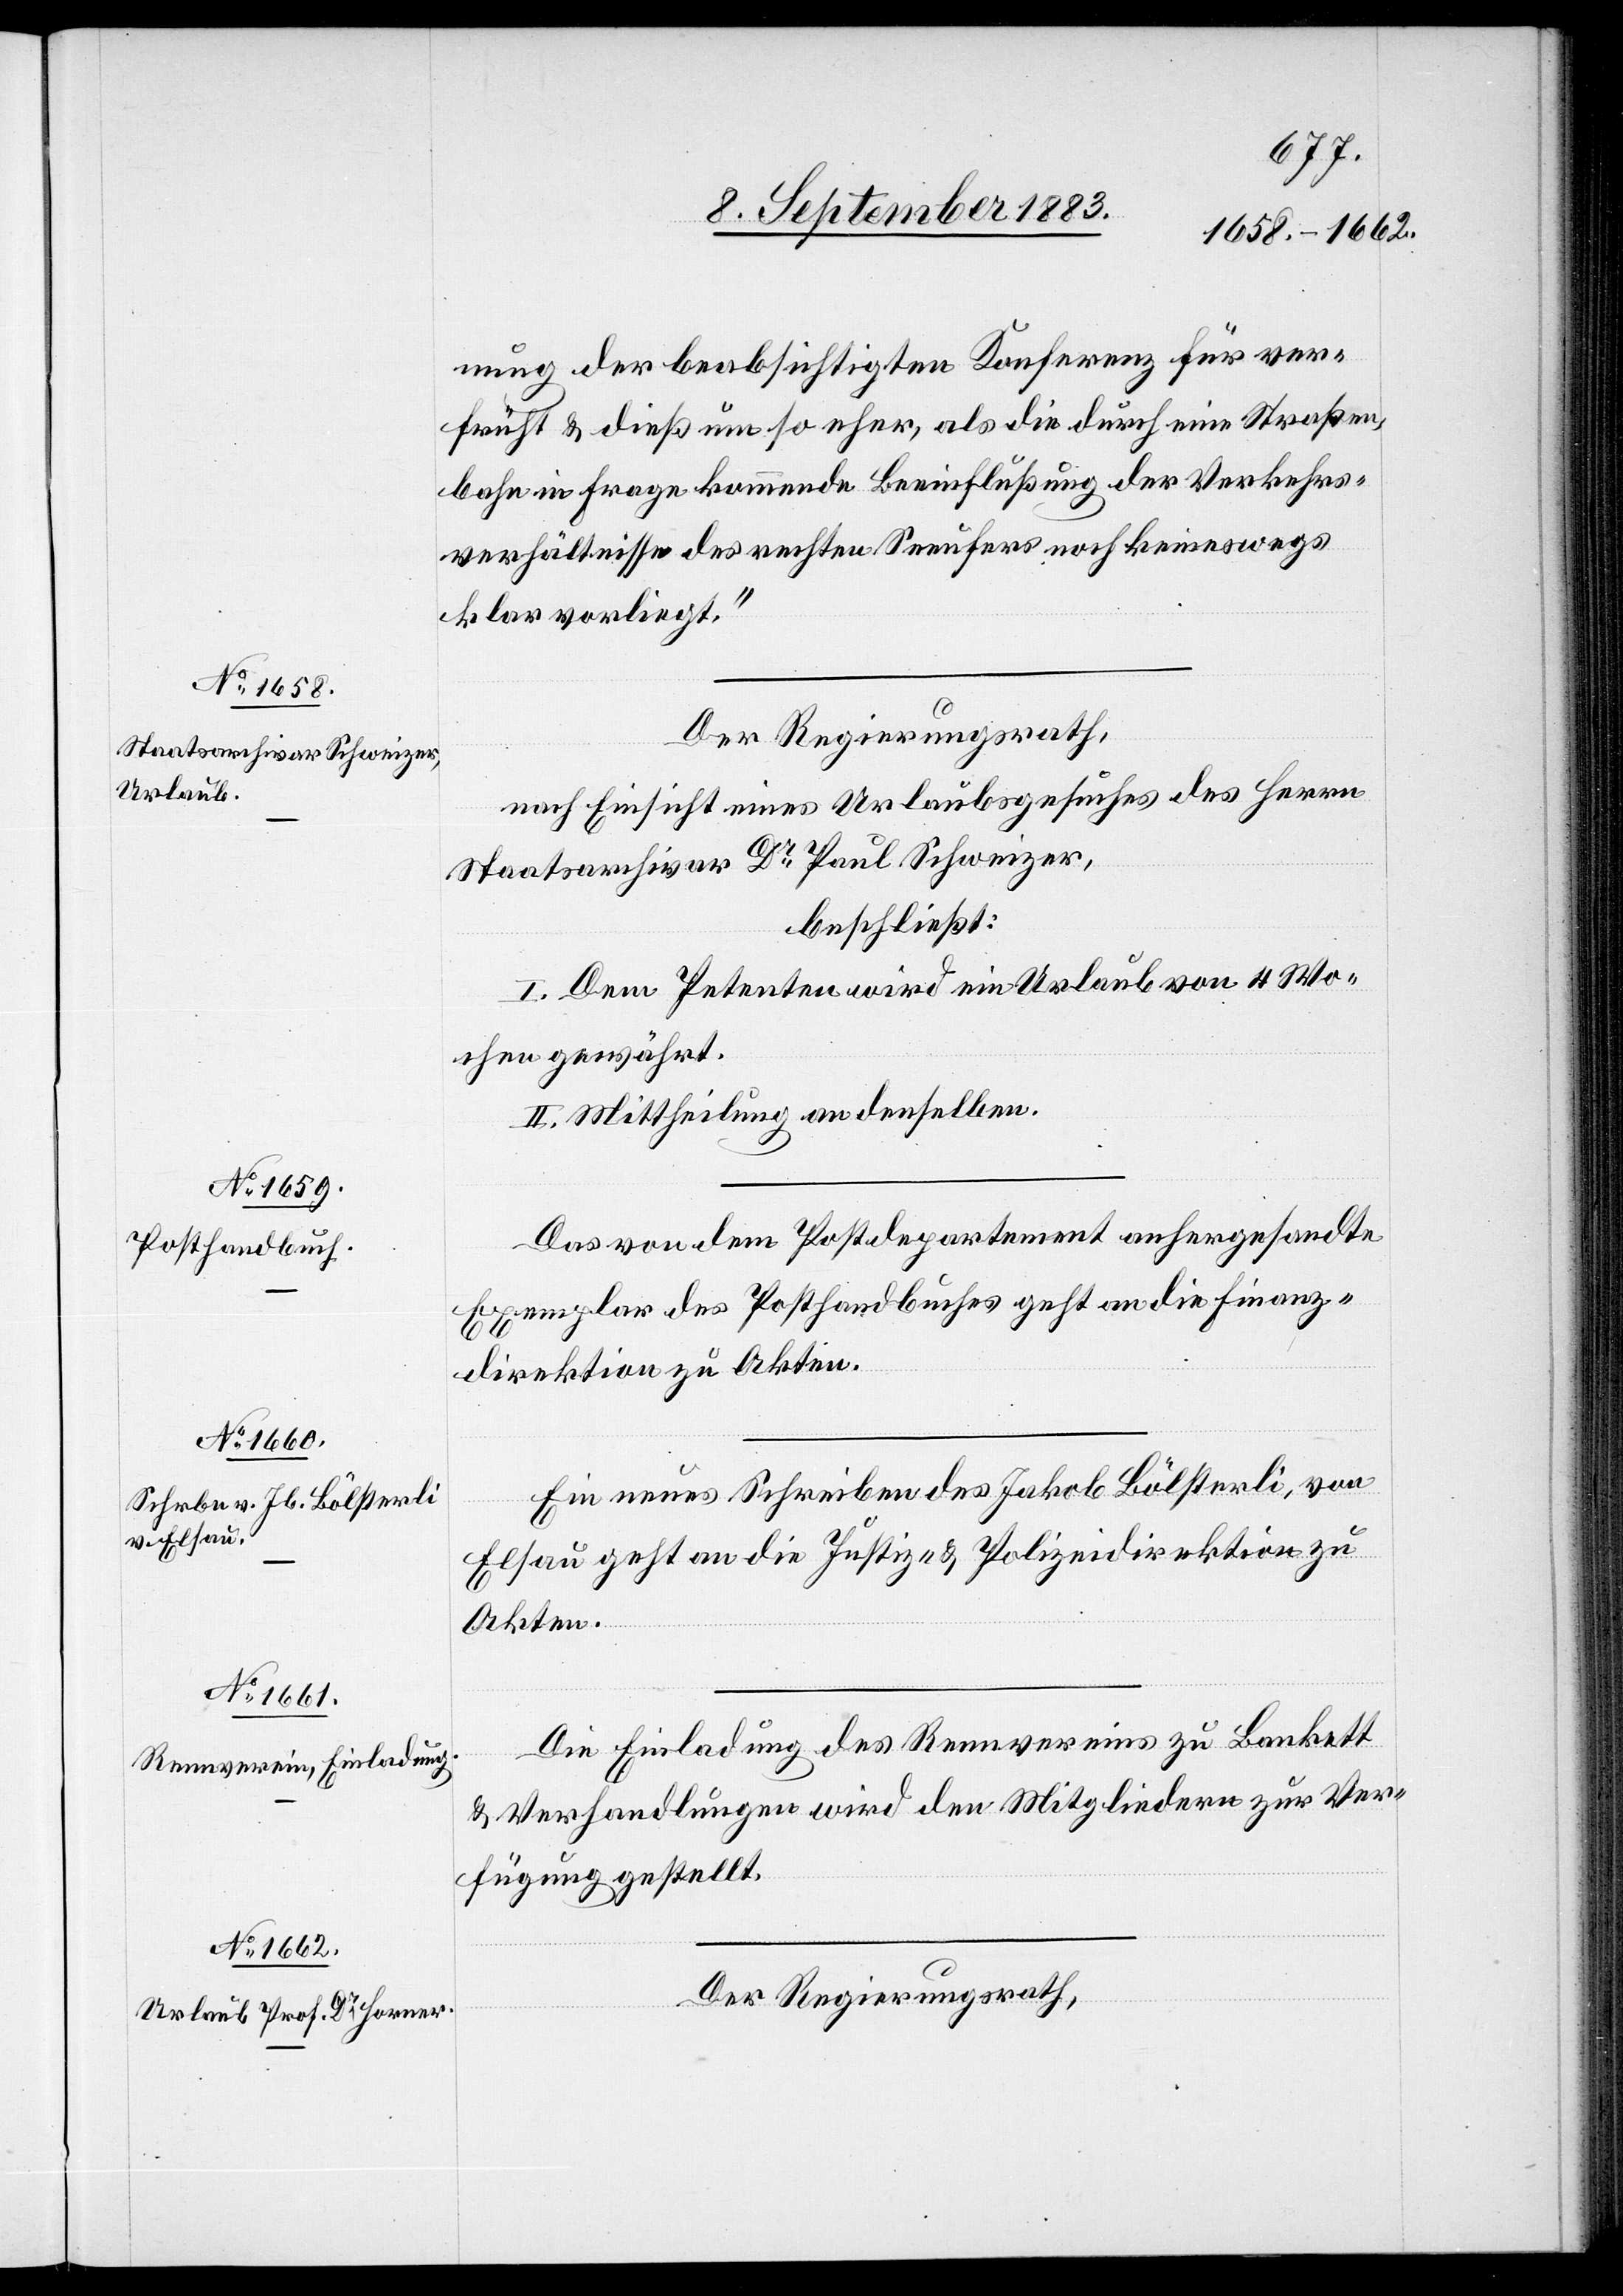
nung der beabsichtigten Konferenz für ver¬
früht & dieß um so eher, als die durch eine Straßen¬
bahn in Frage kommende Beeinflußung der Verkehrs¬
verhältnisse des rechten Seeufers noch keineswegs
klar vorliegt.“
Der Regierungsrath,
nach Einsicht eines Urlaubsgesuches des Herrn
Staatsarchivar Dr Paul Schweizer,
beschließt:
I. Dem Petenten wird ein Urlaub von 4 Wo¬
chen gewährt.
II. Mittheilung an denselben.
Das von dem Postdepartement anhergesandte
Exemplar des Posthandbuches geht an die Finanz¬
direktion zu Akten.
Ein neues Schreiben des Jakob Bölsterli, von
Elsau geht an die Justiz- & Polizeidirektion zu
Akten.
Die Einladung des Rennvereins zu Bankett
& Verhandlungen wird den Mitgliedern zur Ver¬
fügung gestellt.
Der Regierungsrath,